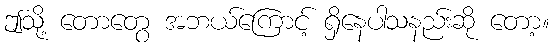
ဤသို့ တောတွေ အဘယ်ကြောင့် ရှိနေပါသနည်းဆို တော့။